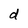
Character: d